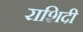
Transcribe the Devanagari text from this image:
राशिदी